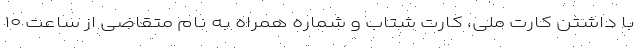
با داشتن کارت ملی، کارت شتاب و شماره همراه به نام متقاضی از ساعت ۱۰